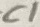
Text: C1